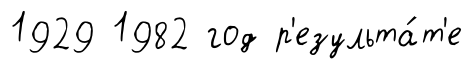
1929 1982 год р'езульта́т'е